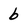
Character: b